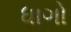
ધાગો